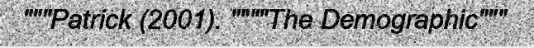
"""Patrick (2001). """"The Demographic"""